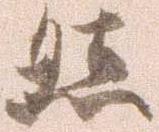
然